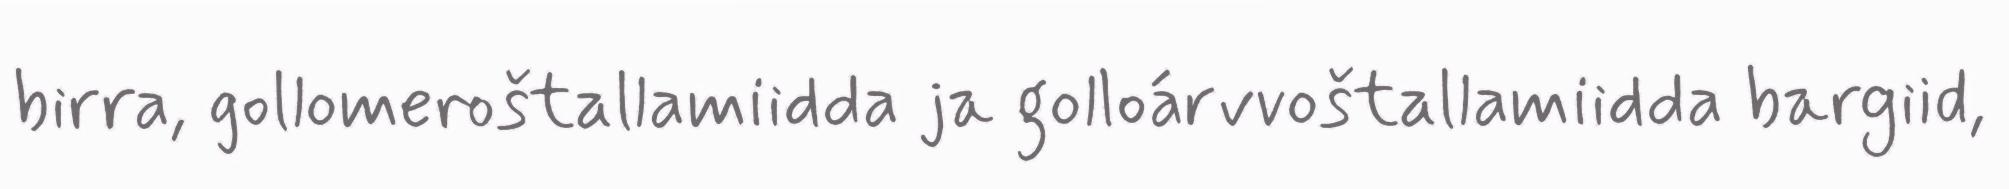
birra, gollomeroštallamiidda ja golloárvvoštallamiidda bargiid,